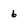
Character: 6